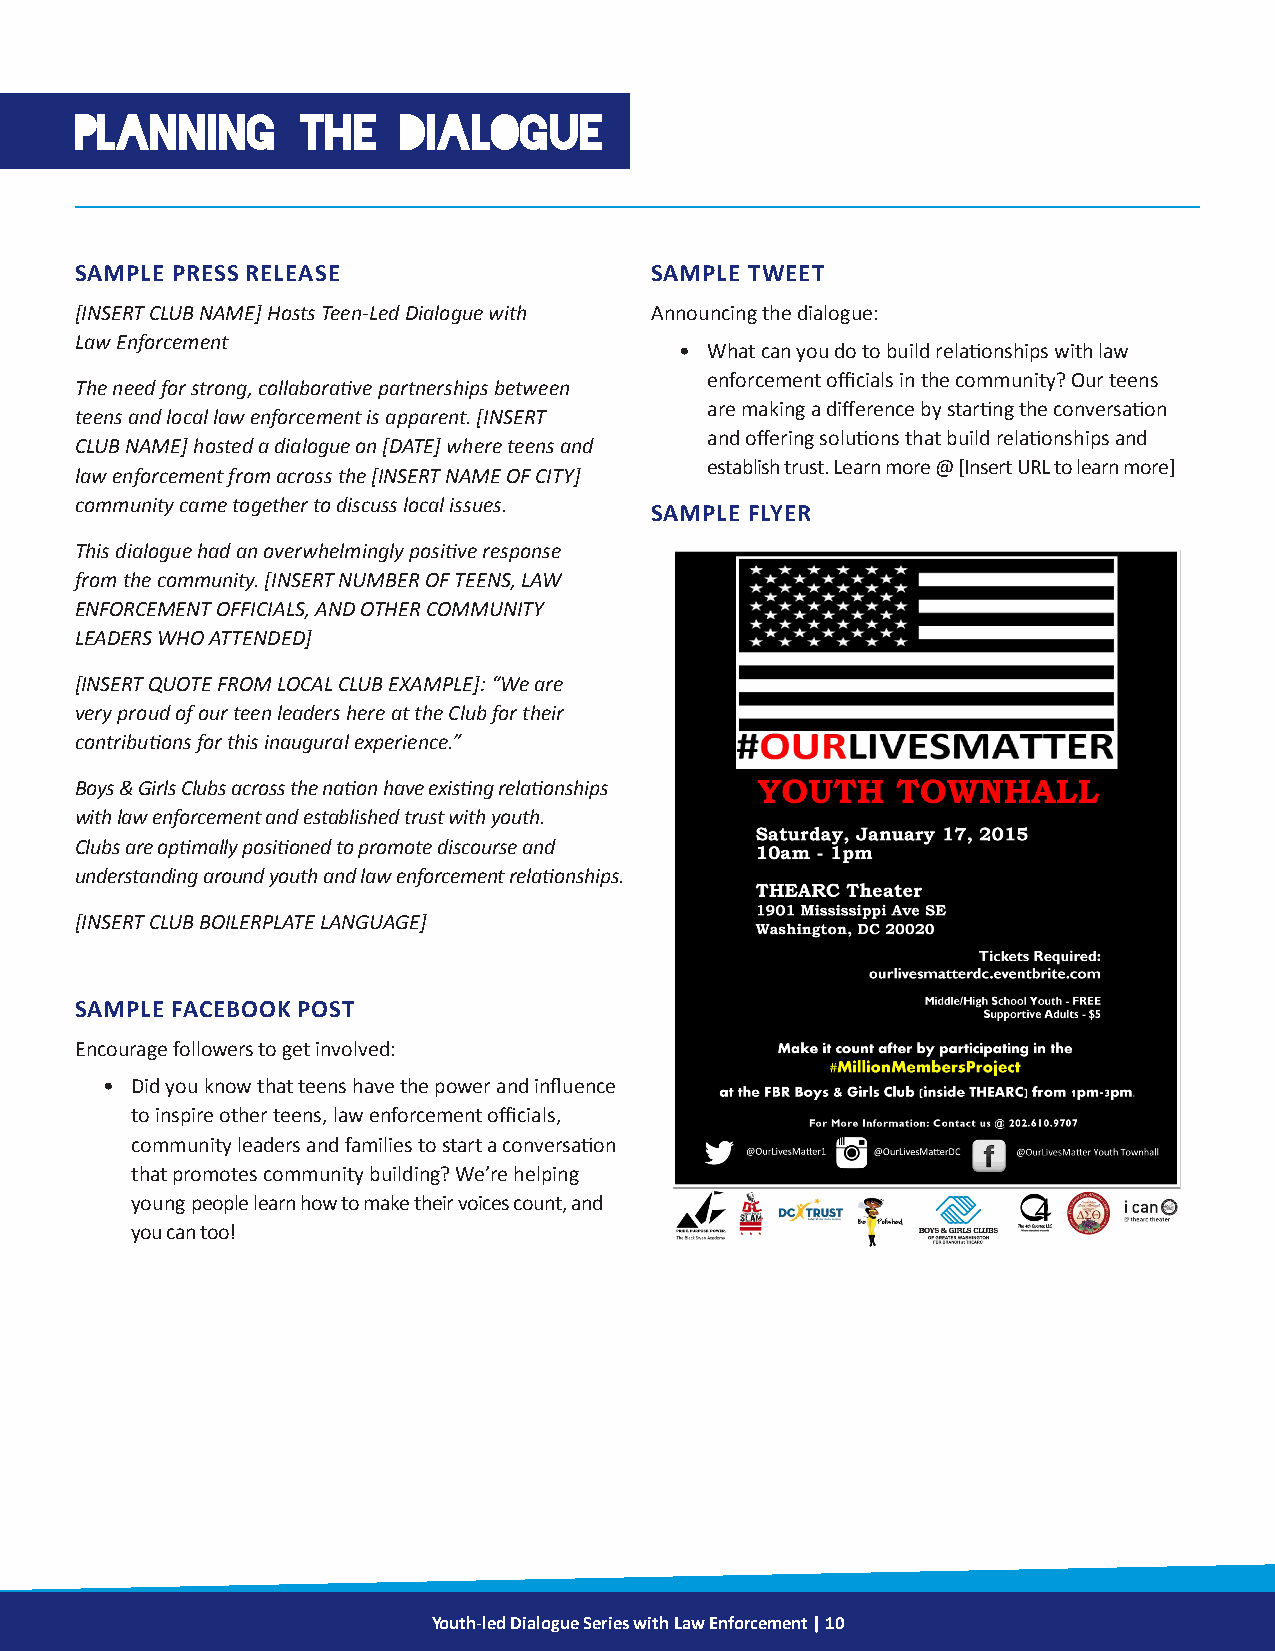
PLANNING       THE    DIALOGUE
 SAMPLE PRESS RELEASE                  SAMPLE TWEET
 [INSERT CLUB NAME] Hosts Teen-Led Dialogue with Announcing the dialogue:
 Law Enforcement
 • What can you do to build relationships with law
 enforcement officials in the community? Our teens
 The need for strong, collaborative partnerships between
 are making a difference by starting the conversation
 teens and local law enforcement is apparent. [INSERT
 and offering solutions that build relationships and
 CLUB NAME] hosted a dialogue on [DATE] where teens and
 establish trust. Learn more @ [Insert URL to learn more]
 law enforcement from across the [INSERT NAME OF CITY]
 community came together to discuss local issues.
 SAMPLE FLYER
 This dialogue had an overwhelmingly positive response
 from the community. [INSERT NUMBER OF TEENS, LAW
 ENFORCEMENT OFFICIALS, AND OTHER COMMUNITY
 LEADERS WHO ATTENDED]
 [INSERT QUOTE FROM LOCAL CLUB EXAMPLE]: “We are
 very proud of our teen leaders here at the Club for their
 contributions for this inaugural experience.”
 Boys & Girls Clubs across the nation have existing relationships
 with law enforcement and established trust with youth.
 Clubs are optimally positioned to promote discourse and
 understanding around youth and law enforcement relationships.
 [INSERT CLUB BOILERPLATE LANGUAGE]
 SAMPLE FACEBOOK POST
 Encourage followers to get involved:
 • Did you know that teens have the power and influence
 to inspire other teens, law enforcement officials,
 community leaders and families to start a conversation
 that promotes community building? We’re helping
 young people learn how to make their voices count, and
 you can too!
 Youth-led Dialogue Series with Law Enforcement | 10